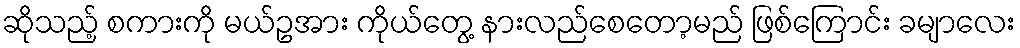
ဆိုသည့် စကားကို မယ်ဥအား ကိုယ်တွေ့ နားလည်စေတော့မည် ဖြစ်ကြောင်း ခမျာလေး